Report on sanitation, dispensaries, and jails in Rajputana for 1921, and on vaccination for the year 1921-1922 - 1921-1922
Year: 1921
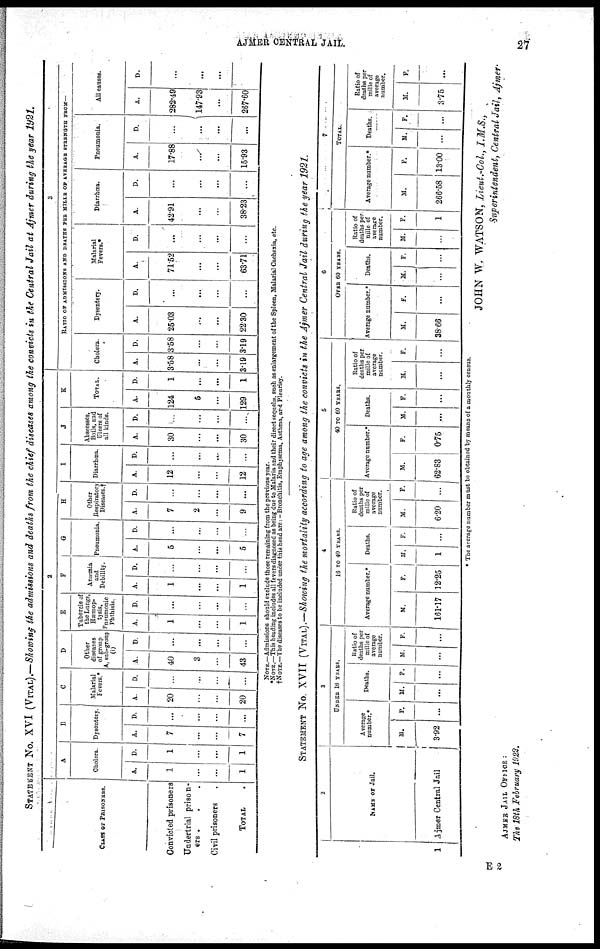
AJMER CENTRAL JAIL.
27
STATEMENT No. XVI (VITAL).—Showing the admissions and deaths from the chief diseases among the convicts in the Central Jail at Ajmer during the year 1921.
CLASS OF PRISONERS.
Convicted prisoners
Undertrial prison-
ers...
Civil prisoners.
TOTAL.
2
A
Cholera.
A.
1
...
...
1
D.
1
...
...
1
B
Dysentery.
A.
7
...
...
7
D.
...
...
...
...
C
Malarial
Fevers.*
A.
20
...
...
20
D.
...
...
...
...
D
Other
diseases
of group
A, sub-group
(i)
A.
40
3
...
43
D.
...
...
...
...
E
Tubercle of
the Lungs,
Hæmop¬
tysis,
Pneumonic
Phthisis.
A.
1
...
...
1
D.
...
...
...
...
F
Anæmia
and
Debility.
A.
1
...
...
1
D.
...
...
...
...
G
Pneumonia.
A.
5
...
...
5
D.
...
...
...
...
H
Other
Respiratory
Diseases.†
A.
7
2
...
9
D.
...
...
...
...
I
Diarrhœa.
A.
12
...
...
12
D.
...
...
...
...
J
Abscesses,
Boils, and
Ulcers of
all kinds.
A.
30
...
...
30
D.
...
...
...
...
K
TOTAL.
A.
124
5
...
129
D.
1
...
...
1
3
RATIO OF ADMISSIONS AND DEATHS PER MILLE OF AVERAGE STRENGTH FROM—
Cholera.
A.
3.58
...
...
3.19
D.
3.58
...
...
3.19
Dysentery.
A.
25.03
...
...
22.30
D.
...
...
...
...
Malarial
Fevers.*
A.
71.52
...
...
63.71
D.
...
...
...
...
Diarrhœa.
A.
42.91
...
...
38.23
D.
...
...
...
...
Pneumonia.
A.
17.88
...
...
15.93
D.
...
...
...
...
All causes.
A.
282.49
147.93
...
267.60
D.
...
...
...
NOTE.—Admissions should exclude those remaining from the previous year.
*NOTE.—This heading includes all fevers diagnosed as being due to Malaria and their direct sequelæ), such as enlargement of the Spleen, Malarial Cachexia, etc.
†NOTE.—The diseases to be included under this head are: - Bronchitis, Emphysema, Asthma, and Pleurisy.
STATEMENT No. XVII (VITAL).—Showing the mortality according to age among the convicts in the Ajmer Central Jail during the year 1921.
1
2
NAME OF JAIL.
Ajmer Central Jail
3
UNDER 16 YEARS.
Average
number.*
M.
3.92
F.
...
Deaths.
M.
...
F.
...
Ratio of
deaths per
mille of
average
number.
M.
...
F.
...
4
16 TO 40 YEARS.
Average number.*
M.
161.17
F.
12.25
Deaths.
M.
1
F.
...
Ratio of
deaths per
mille of
average
number.
M.
6.20
F.
...
5
40 TO 60 YEARS.
Average number.*
M.
62.83
F.
0.75
Deaths.
M.
...
F.
...
Ratio of
deaths per
mille of
average
number.
M.
...
F.
...
6
OVER 60 YEARS.
Average number.*
M.
38.66
F.
...
Deaths.
M.
...
F.
...
Ratio of
deaths per
mille of
average
number.
M.
...
F.
1
7
TOTAL.
Average number.*
M.
266.58
F.
13.00
Deaths.
M.
...
F.
...
Ratio of
deaths per
mille of
average
number.
M.
3.75
F.
...
* The average number must be obtained by means of a monthly census.
JOHN W. WATSON, Lieut.-Col., I.M.S.,
Superintendent, Central Jail, Ajmer.
AJMER JAIL OFFICE :
The 18th February 1922.
E 2